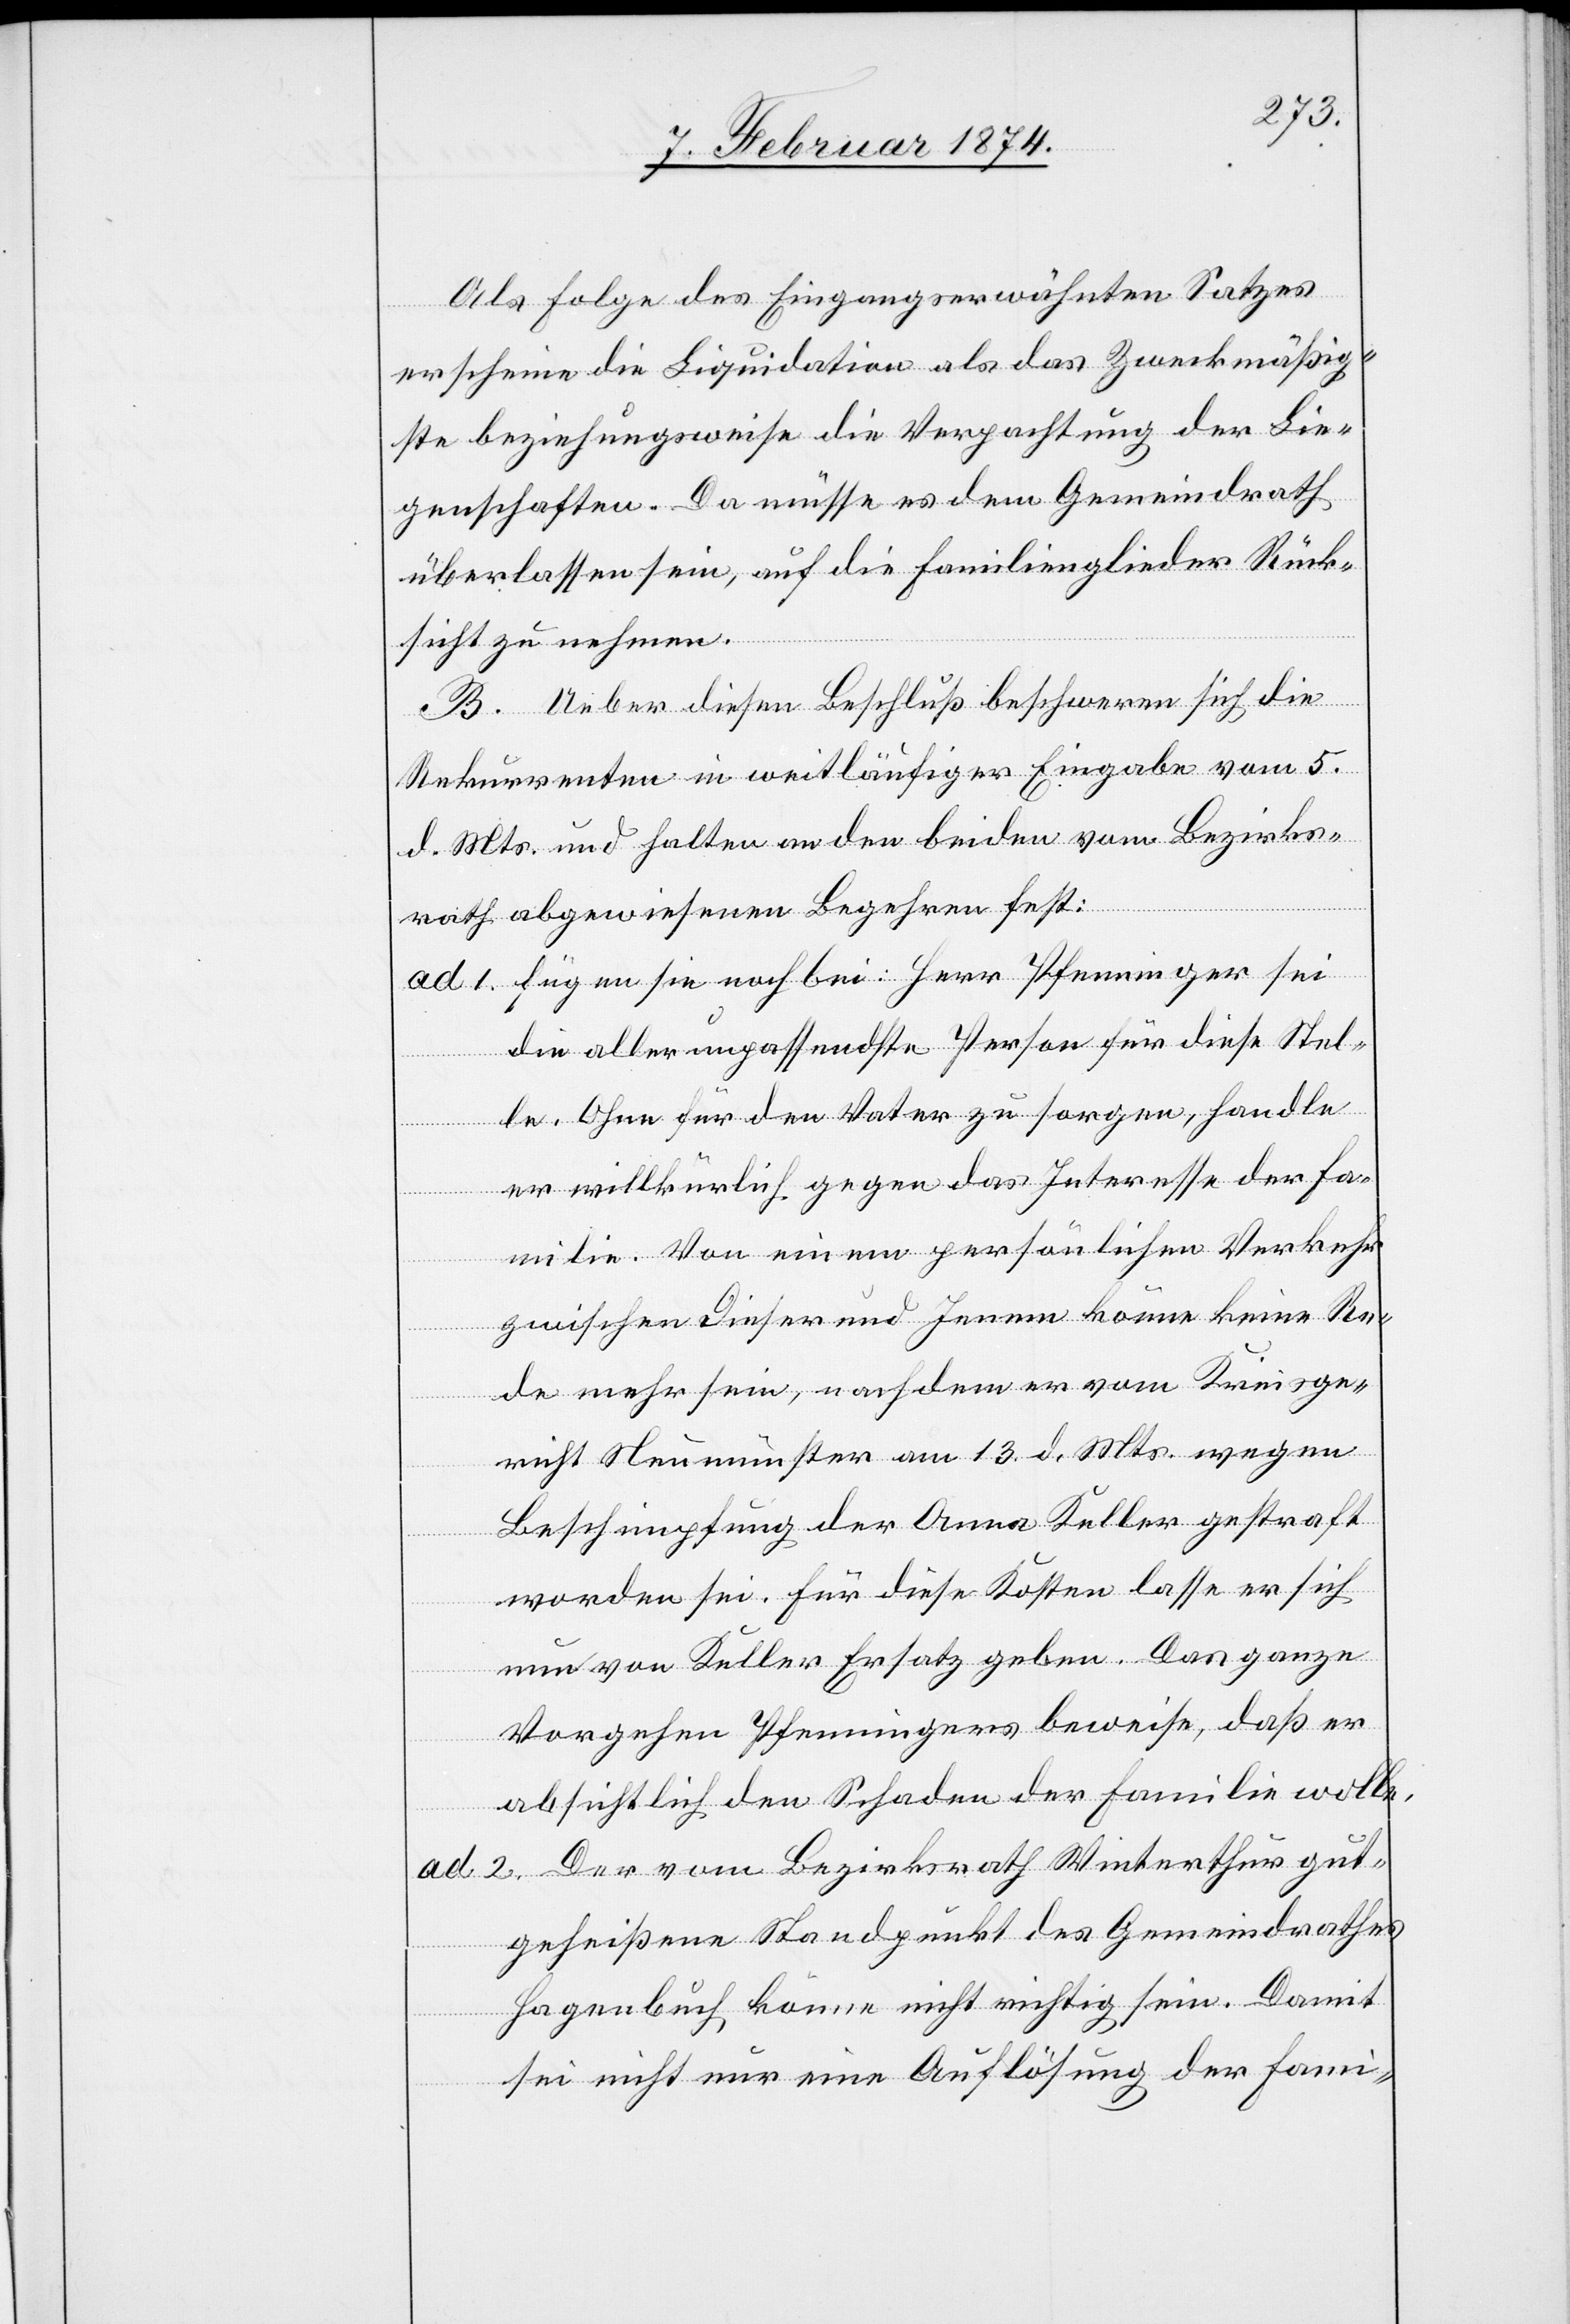
Als Folge des Eingangserwähnten Satzes
erscheine die Liquidation als das Zweckmäßig¬
ste beziehungsweise die Verpachtung der Lie¬
genschaften. Da müsse es dem Gemeindrath
überlassen sein, auf die Familienglieder Rück¬
sicht zu nehmen.
B. Ueber diesen Beschluß beschweren sich die
Rekurrenten in weitläufiger Eingabe vom 5.
d. Mts. und halten an den beiden vom Bezirks¬
rath abgewiesenen Begehren fest:
ad 1. Fügen sie noch bei: Herr Pfenninger sei
die aller unpassendste Person für diese Stel¬
le. Ohne für den Vater zu sorgen, handle
er willkürlich gegen das Interesse der Fa¬
milie. Von einem persönlichen Verkehr
zwischen Dieser und Jenem könne keine Re¬
de mehr sein, nachdem er vom Kreisge¬
richt Neumünster am 13. d. Mts. wegen
Beschimpfung der Anna Keller gestraft
worden sei. Für diese Kosten lasse er sich
nun von Keller Ersatz geben. Das ganze
Vorgehen Pfenningers beweise, daß er
absichtlich den Schaden der Familie wolle.
ad 2. Der vom Bezirksrath Winterthur gut¬
geheißene Standpunkt des Gemeindrathes
Hagenbuch könne nicht richtig sein. Damit
sei nicht nur eine Auflösung der Fami-